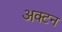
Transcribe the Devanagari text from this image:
अक्टन